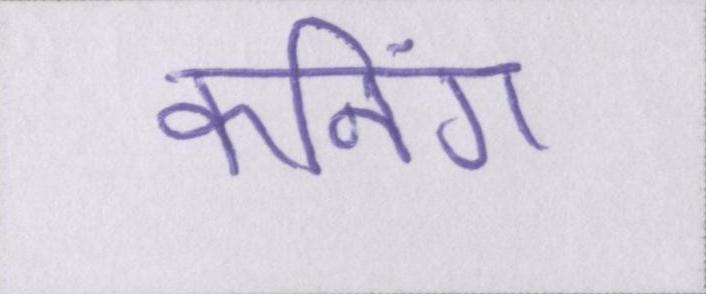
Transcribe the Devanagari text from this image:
कनिंग